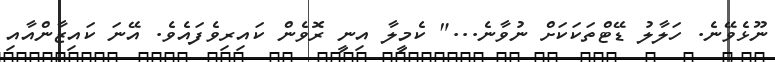
ނޫޅެވޭނެ. ހަލާލު ޑޭޓްތަކަކަށް ނުވާނެ..." ކެމީލާ އިނީ ރޮވެން ކައިރިވެފައެވެ. އޭނަ ކައިޒާންއާއި